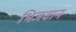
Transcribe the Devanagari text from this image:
भिजवान